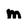
Character: m